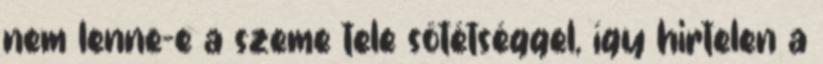
nem lenne-e a szeme tele sötétséggel, így hirtelen a